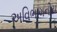
અવિભાગનીય